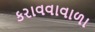
કરાવવાવાળા